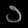
Digit: ၁